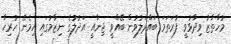
މުހްތާޒު ވިދާޅުވީ ފުރަތަމަ ބައްދަލުވުން ބޭއްވީ ޖިނާއީ އަދުލުގެ ނިޒާމުގައި ހިމެނޭ ހުރިހާ